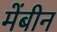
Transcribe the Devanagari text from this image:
मेंबीन